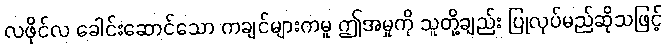
လဖိုင်လ ခေါင်းဆောင်သော ကချင်များကမူ ဤအမှုကို သူတို့ချည်း ပြုလုပ်မည်ဆိုသဖြင့်